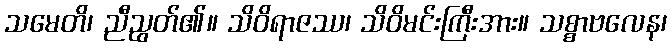
သမေတိ၊ ညီညွတ်၏။ သိဝိရာဇဿ၊ သိဝိမင်းကြီးအား။ သစ္စာဗလေန၊